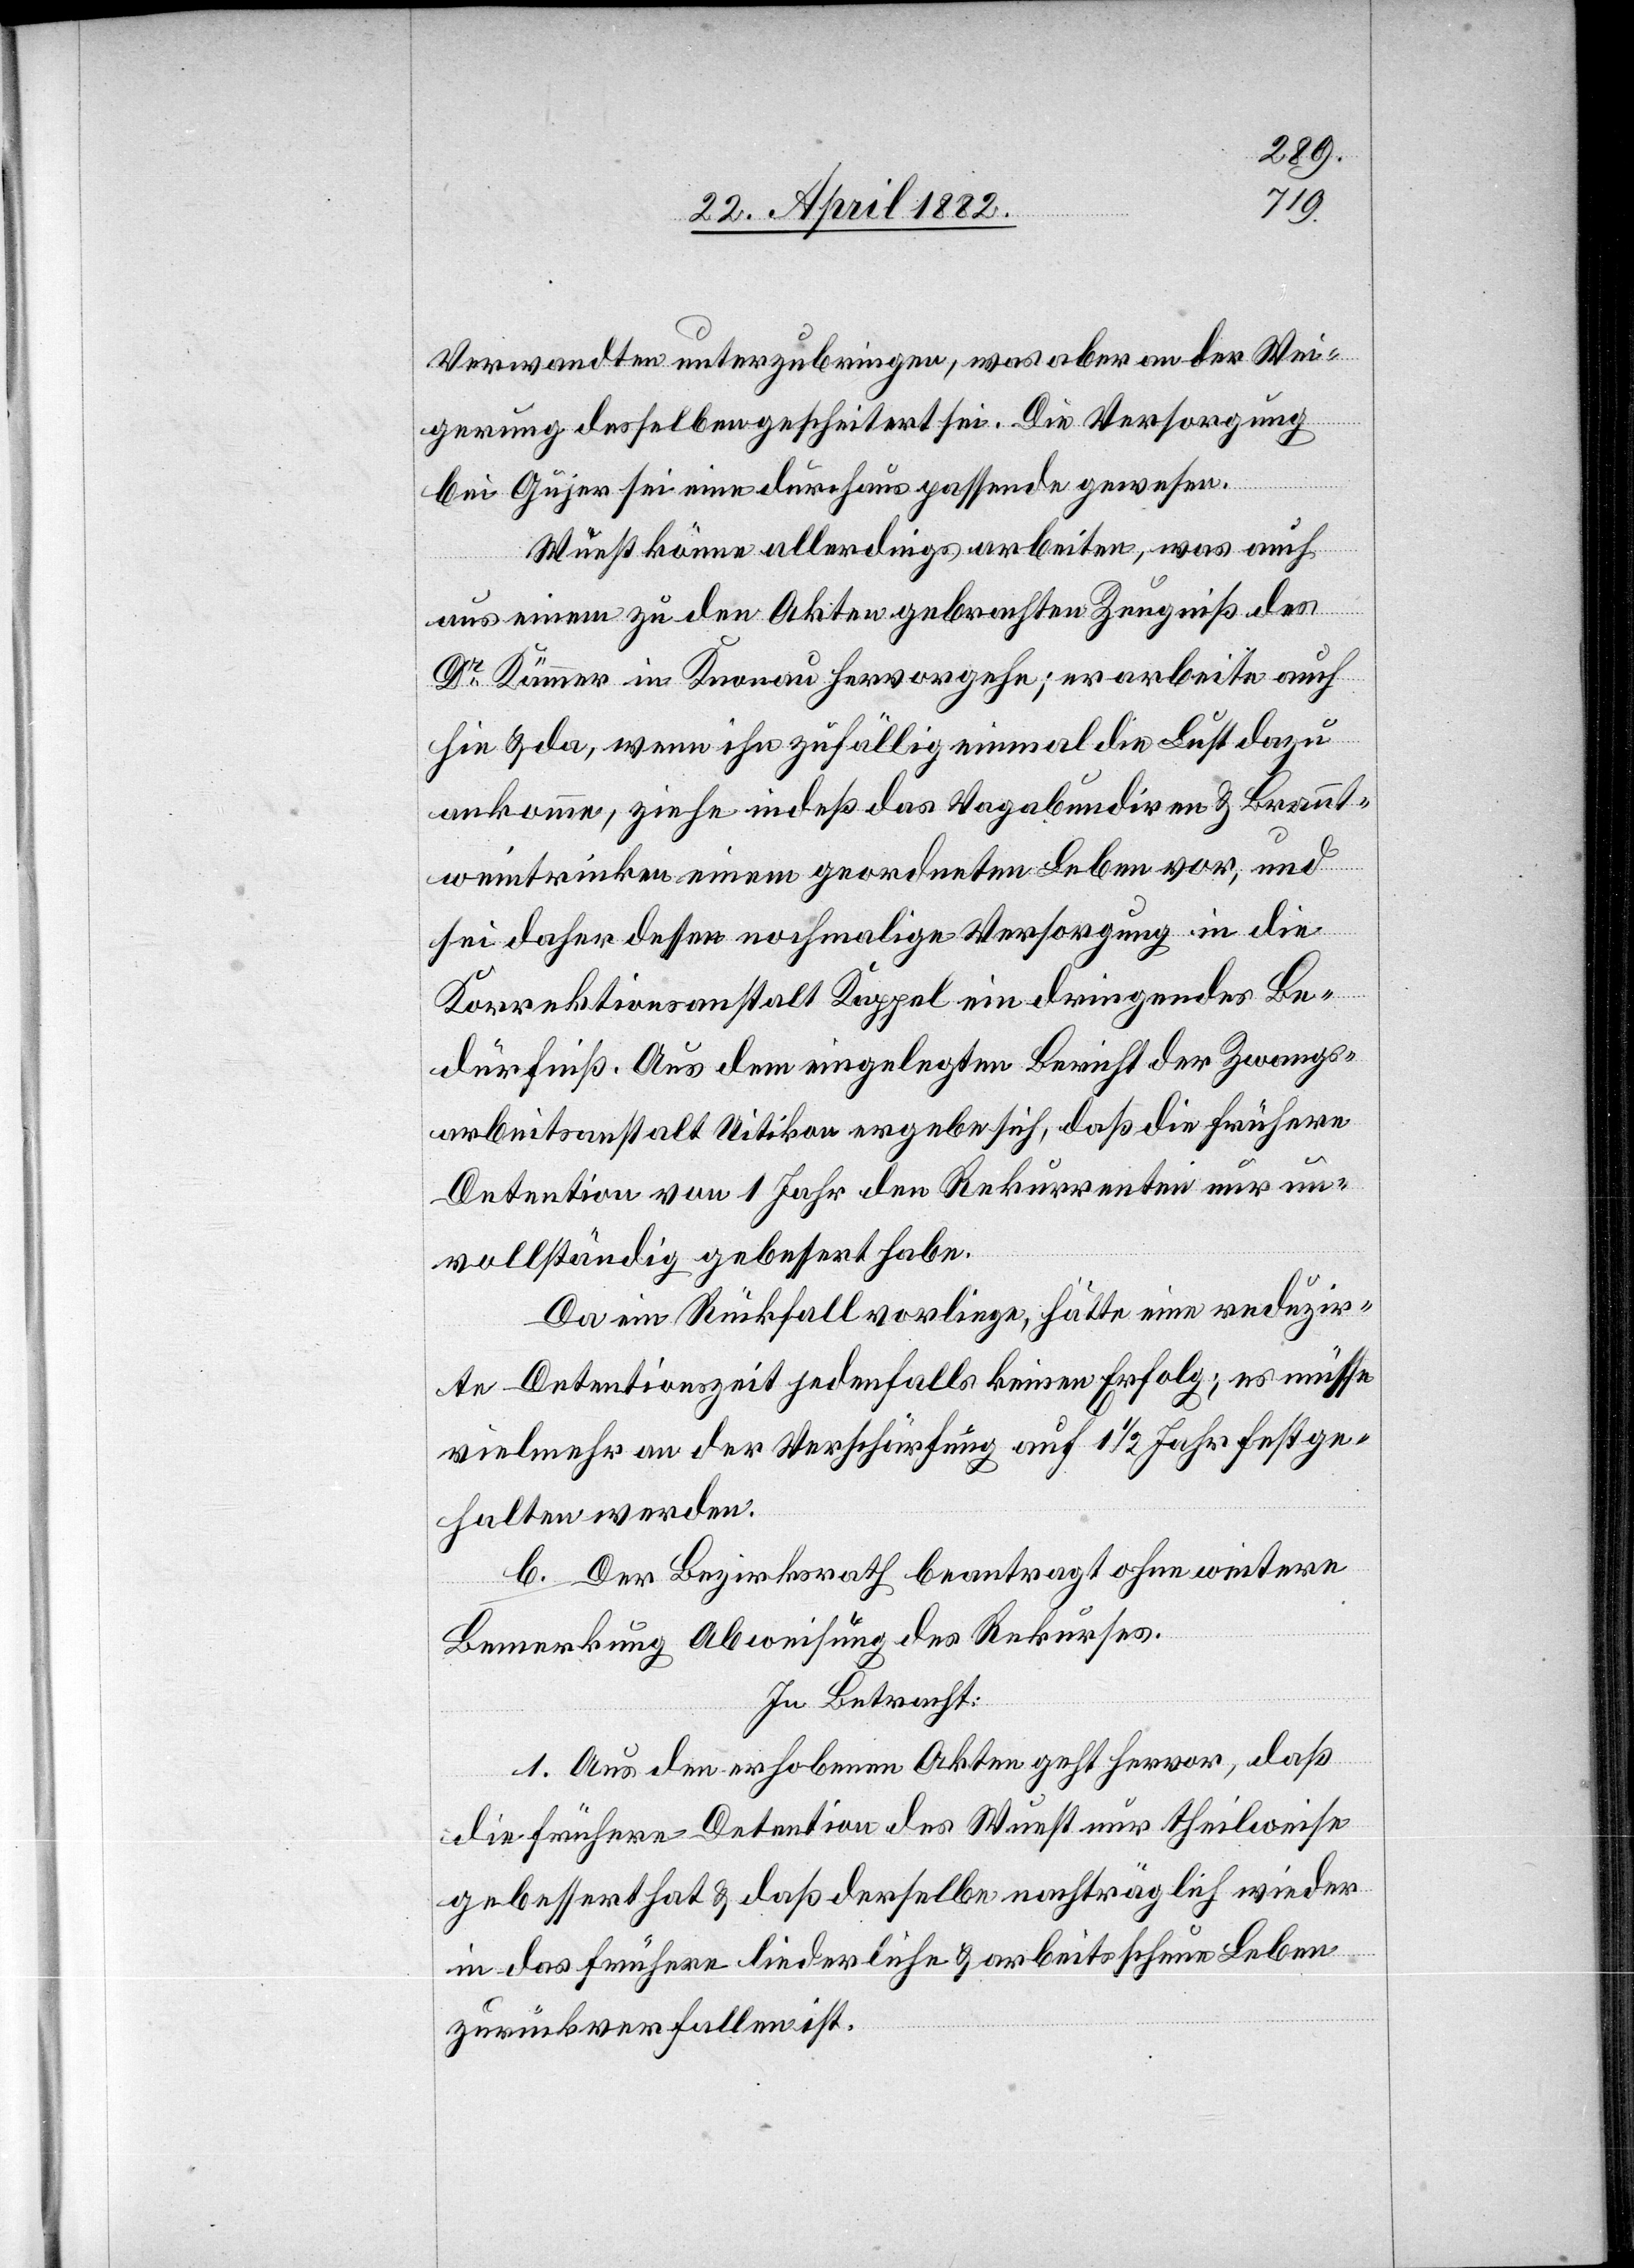
Verwandten unterzubringen, was aber an der Wei¬
gerung desselben gescheitert sei. Die Versorgung
bei Gujer sei eine durchaus passende gewesen.
Wuest könne allerdings arbeiten, was auch
aus einem zu den Akten gebrachten Zeugnis des
Dr Kämmer in Knonau hervorgehe; er arbeite auch
hie & da, wenn ihn zufällig einmal die Lust dazu
ankomme, ziehe indeß das Vagabundiren & Brannt¬
weintrinken einem geordneten Leben vor, und
sei daher dessen nochmalige Versorgung in die
Korrektionsanstalt Kappel ein dringendes Be¬
dürfniß. Aus dem eingelegten Bericht der Zwangs¬
arbeitsanstalt Uitikon ergibt sich, daß die frühere
Detention von 1 Jahr den Rekurrenten nur un¬
vollständig gebessert habe.
Da ein Rückfall vorliege, hätte eine reduzir¬
te Detentionszeit jedenfalls keinen Erfolg; es müsse
vielmehr an der Verschärfung auf 1 1/2 Jahr festge¬
halten werden.
b. Der Bezirksrath beantragt ohne weitere
Bemerkung Abweisung des Rekurses.
In Betracht:
1. Aus den erhobenen Akten geht hervor, daß
die frühere Detention des [recte: den] Wuest nur theilweise
gebessert hat & daß derselbe nachträglich wieder
in das frühere liederliche & arbeitsscheue Leben
zurückgefallen ist.